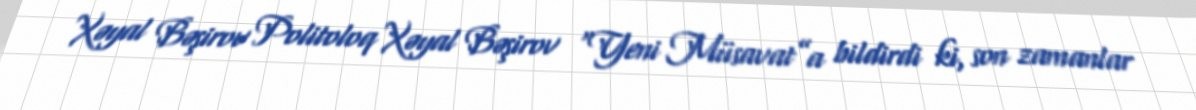
Xəyal Bəşirov Politoloq Xəyal Bəşirov “Yeni Müsavat”a bildirdi ki, son zamanlar